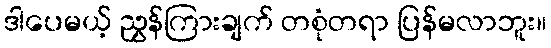
ဒါပေမယ့် ညွှန်ကြားချက် တစုံတရာ ပြန်မလာဘူး။